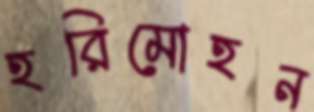
হরিমোহন